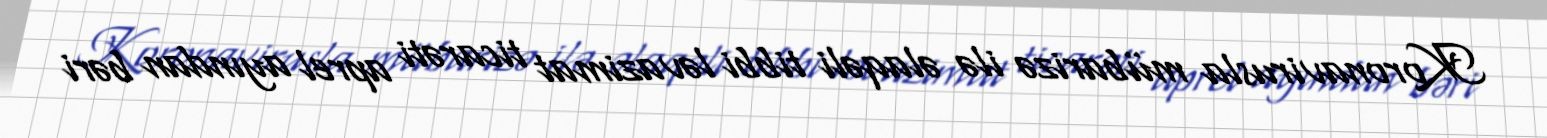
Koronavirusla mübarizə ilə əlaqəli tibbi ləvazimat ticarəti aprel ayından bəri